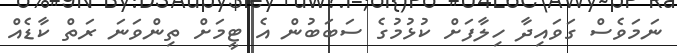
ނަމަވެސް ގަވައިދާ ހިލާފަށް ކުޅުމުގެ ސަބަބުން އެ ޓީމަށް ތިންވަނަ ރަތް ކާޑެއް